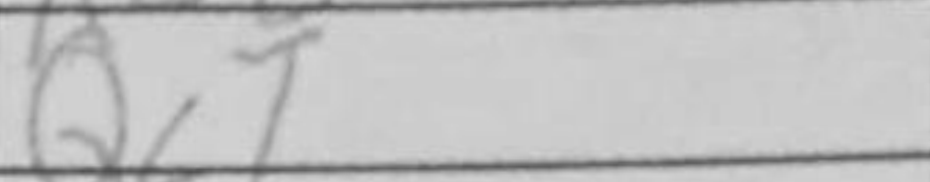
Transcription: Qc7